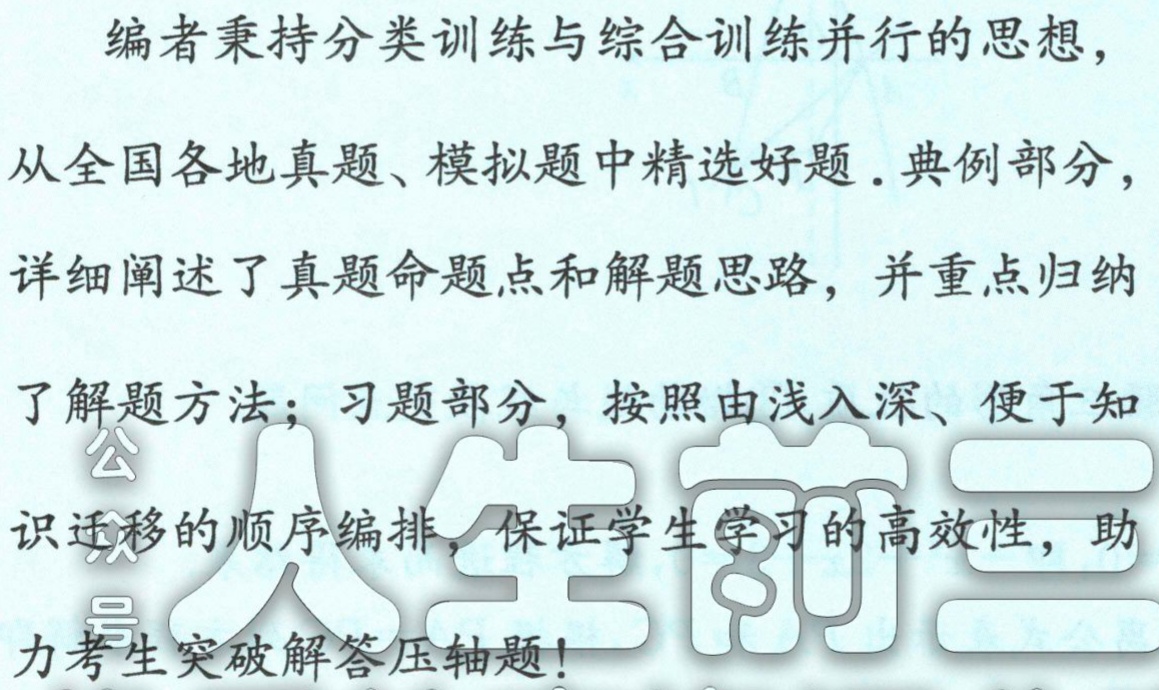
编者秉持分类训练与综合训练并行的思想，

从全国各地真题、模拟题中精选好题. 典例部分，

详细阐述了真题命题点和解题思路，并重点归纳

了解题方法；习题部分，按照由浅入深、便于知

识迁移的顺序编排，保证学生学习的高效性，助

力考生突破解答压轴题！